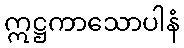
ဣဋ္ဌကာသောပါနံ